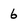
Character: 6